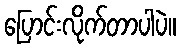
ပြောင်းလိုက်တာပါပဲ။